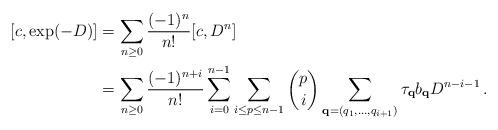
LaTeX: \begin{align*}[c, \exp(-D)] &= \sum_{n \ge 0} \frac{(-1)^n}{n!} [c, D^n]\\&= \sum_{n \ge 0} \frac{(-1)^{n+i}}{n!} \sum_{i=0}^{n-1} \sum_{i \le p \le n -1} \binom{p}{i} \sum_{\bold{q} = (q_1,\ldots,q_{i+1})} \tau_{\bold{q}} b_{\bold{q}} D^{n-i-1}\,.\end{align*}